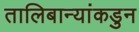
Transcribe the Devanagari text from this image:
तालिबान्यांकडुन